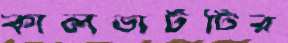
কালভার্টটির